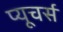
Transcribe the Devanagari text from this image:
प्यूचर्स